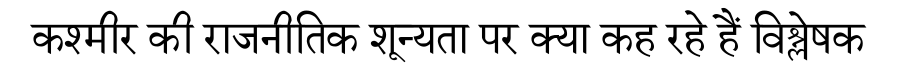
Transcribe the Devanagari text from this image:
कश्मीर की राजनीतिक शून्यता पर क्या कह रहे हैं विश्लेषक